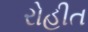
રોહીત